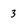
Character: 3